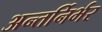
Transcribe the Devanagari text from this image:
अन्तर्निर्भर